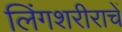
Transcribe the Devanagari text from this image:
लिंगशरीराचें